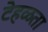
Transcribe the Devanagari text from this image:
टेहळता